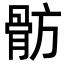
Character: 𩨣